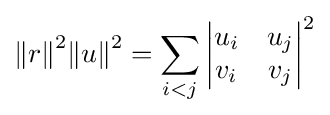
{\Vert r\Vert }^{2}{\Vert {u}\Vert }^{2}=\sum _{i<j}{\begin{vmatrix}u_{i}&u_{j}\\v_{i}&v_{j}\end{vmatrix}}^{2}